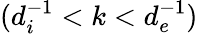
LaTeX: (d_{i}^{-1}<k<d_{e}^{-1})